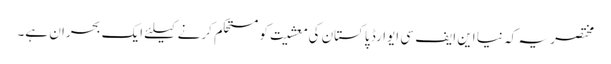
مختصر یہ کہ نیا این ایف سی ایوارڈ پاکستان کی معشیت کو مستحکم کرنے کیلئے ایک بحران ہے۔